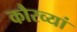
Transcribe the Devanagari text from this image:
कौरव्यां